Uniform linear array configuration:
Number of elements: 64
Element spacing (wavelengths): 0.25
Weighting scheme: blackman
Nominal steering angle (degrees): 30
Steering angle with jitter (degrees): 28.581
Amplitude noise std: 0.05
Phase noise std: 0.05

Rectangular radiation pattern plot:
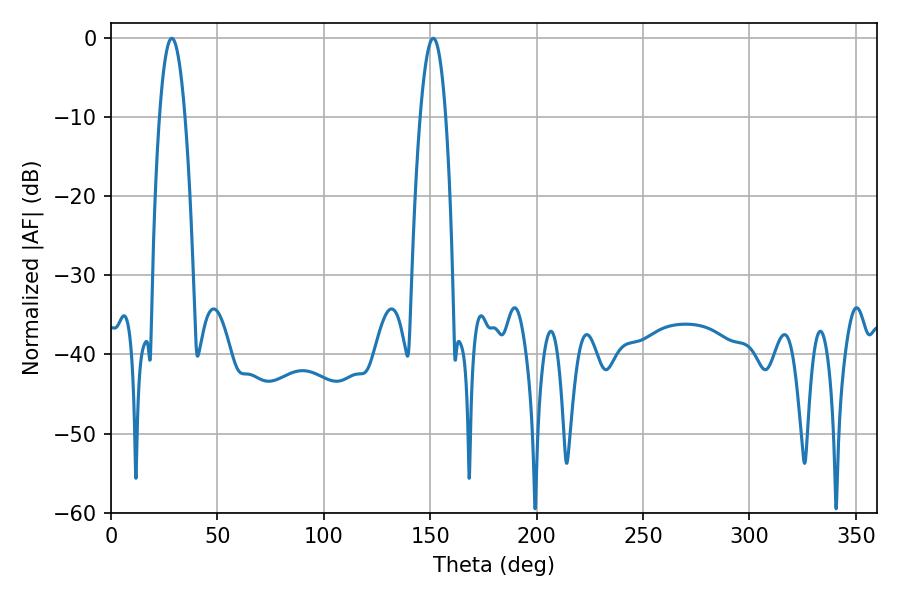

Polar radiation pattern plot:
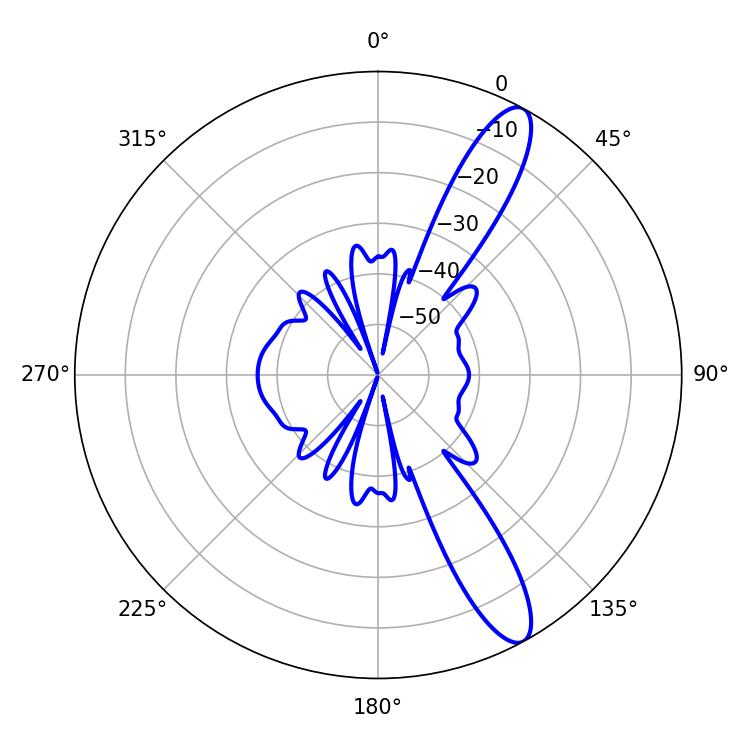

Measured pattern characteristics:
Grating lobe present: FALSE
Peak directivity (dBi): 12.251
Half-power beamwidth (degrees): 6.48
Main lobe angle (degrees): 28.62